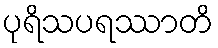
ပုရိသပရဿာတိ